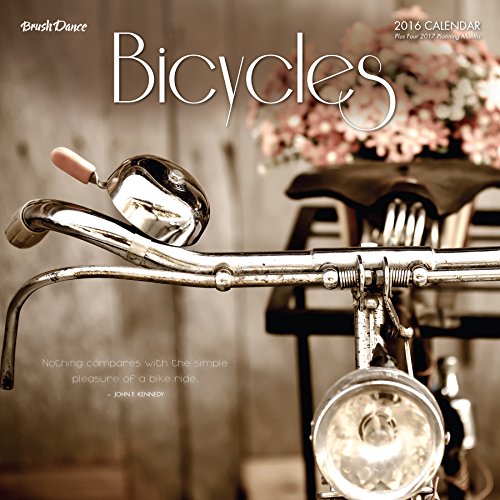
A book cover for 2016 Bicycles Wall Calendar; Brush Dance; Calendars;